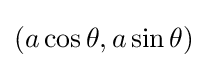
(a\cos \theta ,a\sin \theta )